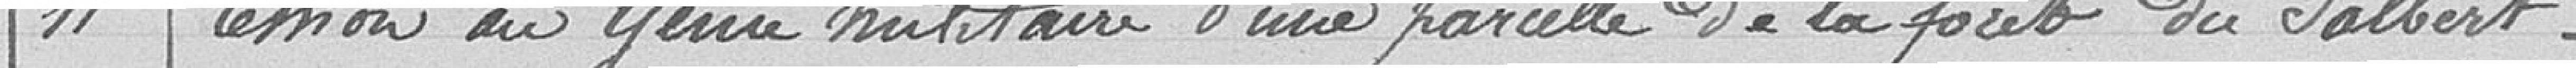
11. Cession au Génie militaire d'une parcelle de la forêt du Salbert